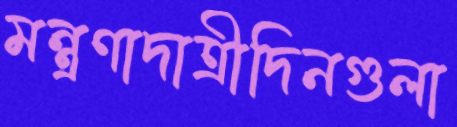
মন্ত্রণাদাত্রীদিনগুলা